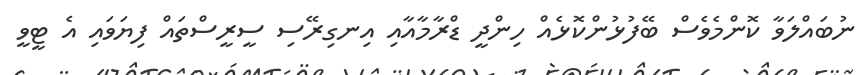
ނުބައްލަވާ ކޮންމެވެސް ބޭފުޅުންކޮޅެއް ހިންދީ ޑްރާމާއާއި އިނގިރޭސި ސީރީސްތައް ފިޔަވައި އެ ޓީވީ